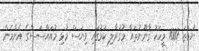
ނުވަތަ 1000 މީހަކު ޤާނޫނުތައް މުގުރާލި ކަމުގައި ވިޔަސް މުޅި މުއައްސަސާގެ އެންމެން